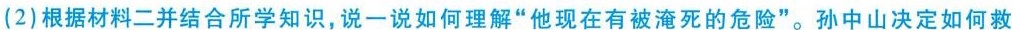
(2)根据材料二并结合所学知识，说一说如何理解”他现在有被淹死的危险”。孙中山决定如何救